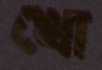
খো